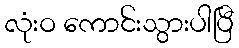
လုံးဝ ကောင်းသွားပါပြီ